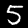
Digit: 5